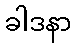
ခါဒနာ